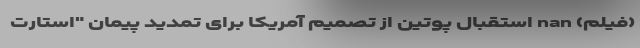
(فیلم) nan استقبال پوتین از تصمیم آمریکا برای تمدید پیمان "استارت